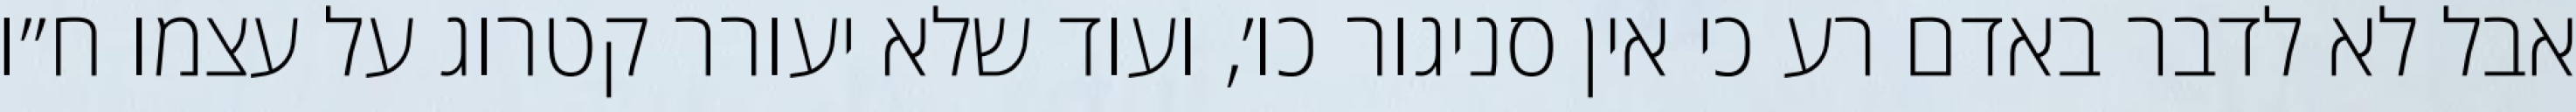
אבל לא לדבר באדם רע כי אין סניגור כו׳, ועוד שלא יעורר קטרוג על עצמו ח״ו